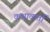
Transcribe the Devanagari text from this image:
कथावार्ता